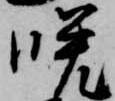
晩